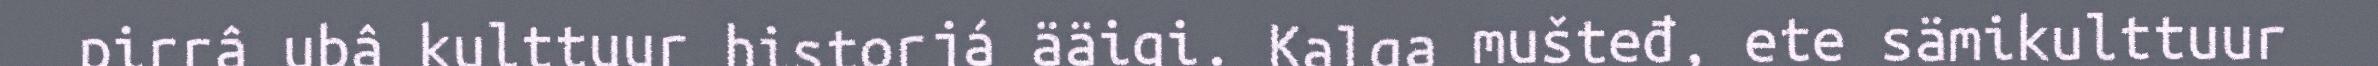
pirrâ ubâ kulttuur historjá ääigi. Kalga mušteđ, ete sämikulttuur